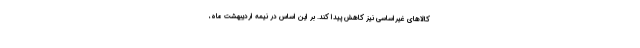
کالاهای غیراساسی نیز کاهش پیدا کند. بر این اساس در نیمه اردیبهشت ماه،